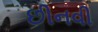
છીનવી